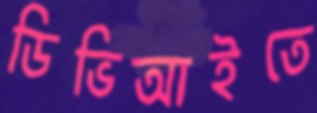
ডিভিআইতে